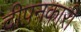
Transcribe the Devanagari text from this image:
दीपनकारी